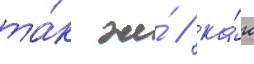
та́к же́ / ка́к